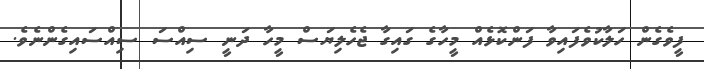
ފީވެގެން ހަލާކުވެފައިވާ ފަންކޮޅެއް މީހާގެ ގައިގާ ޖެހެލިޔަސް މީހާ ދަނީ ސިއްސަ ސިއްސައިގެންނެވެ.